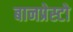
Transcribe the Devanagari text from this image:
बानप्रेस्टो